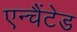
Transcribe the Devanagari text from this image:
एन्चैंटेड